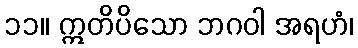
၁၁။ ဣတိပိသော ဘဂဝါ အရဟံ၊